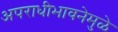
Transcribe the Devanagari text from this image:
अपराधीभावनेमुळे